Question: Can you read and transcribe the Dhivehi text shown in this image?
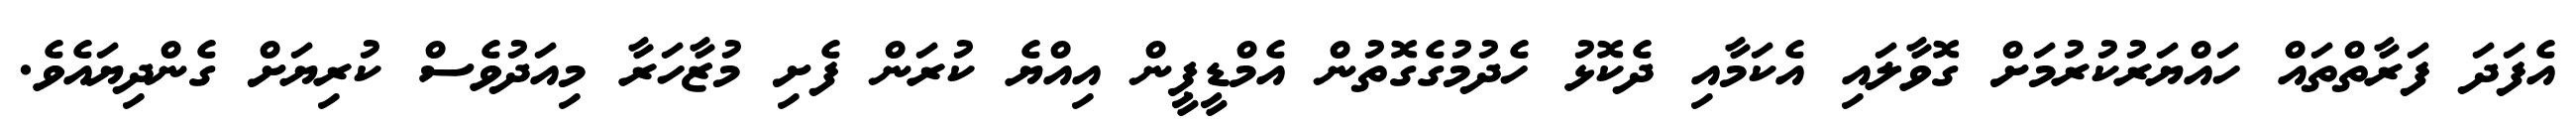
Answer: އެފަދަ ފަރާތްތައް ހައްޔަރުކުރުމަށް ގޮވާލައި އެކަމާއި ދެކޮޅު ހެދުމުގެގޮތުން އެމްޑީޕީން އިއްޔެ ކުރަން ފެށި މުޒާހަރާ މިއަދުވެސް ކުރިޔަށް ގެންދިޔައެވެ.